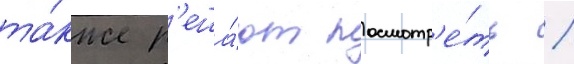
та́кже р'еша́ют посмотр'е́ть /